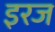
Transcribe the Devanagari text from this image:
इरज